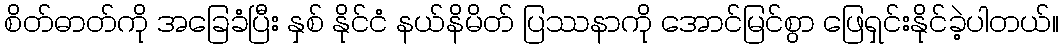
စိတ်ဓာတ်ကို အခြေခံပြီး နှစ် နိုင်ငံ နယ်နိမိတ် ပြဿနာကို အောင်မြင်စွာ ဖြေရှင်းနိုင်ခဲ့ပါတယ်။